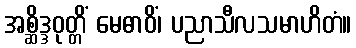
အစ္ဆိဒ္ဒဝုတ္တိံ မေဓာဝိံ၊ ပညာသီလသမာဟိတံ။